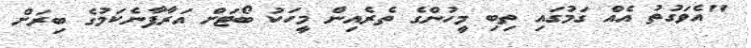
"އެވަގުތު އެއް ގަމުގައި ތިބި މީހުންގެ ތެރެއިން މީހަކު ބޯޓަށް އަރާފާނެކަމުގެ ބިރަށް